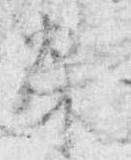
栄